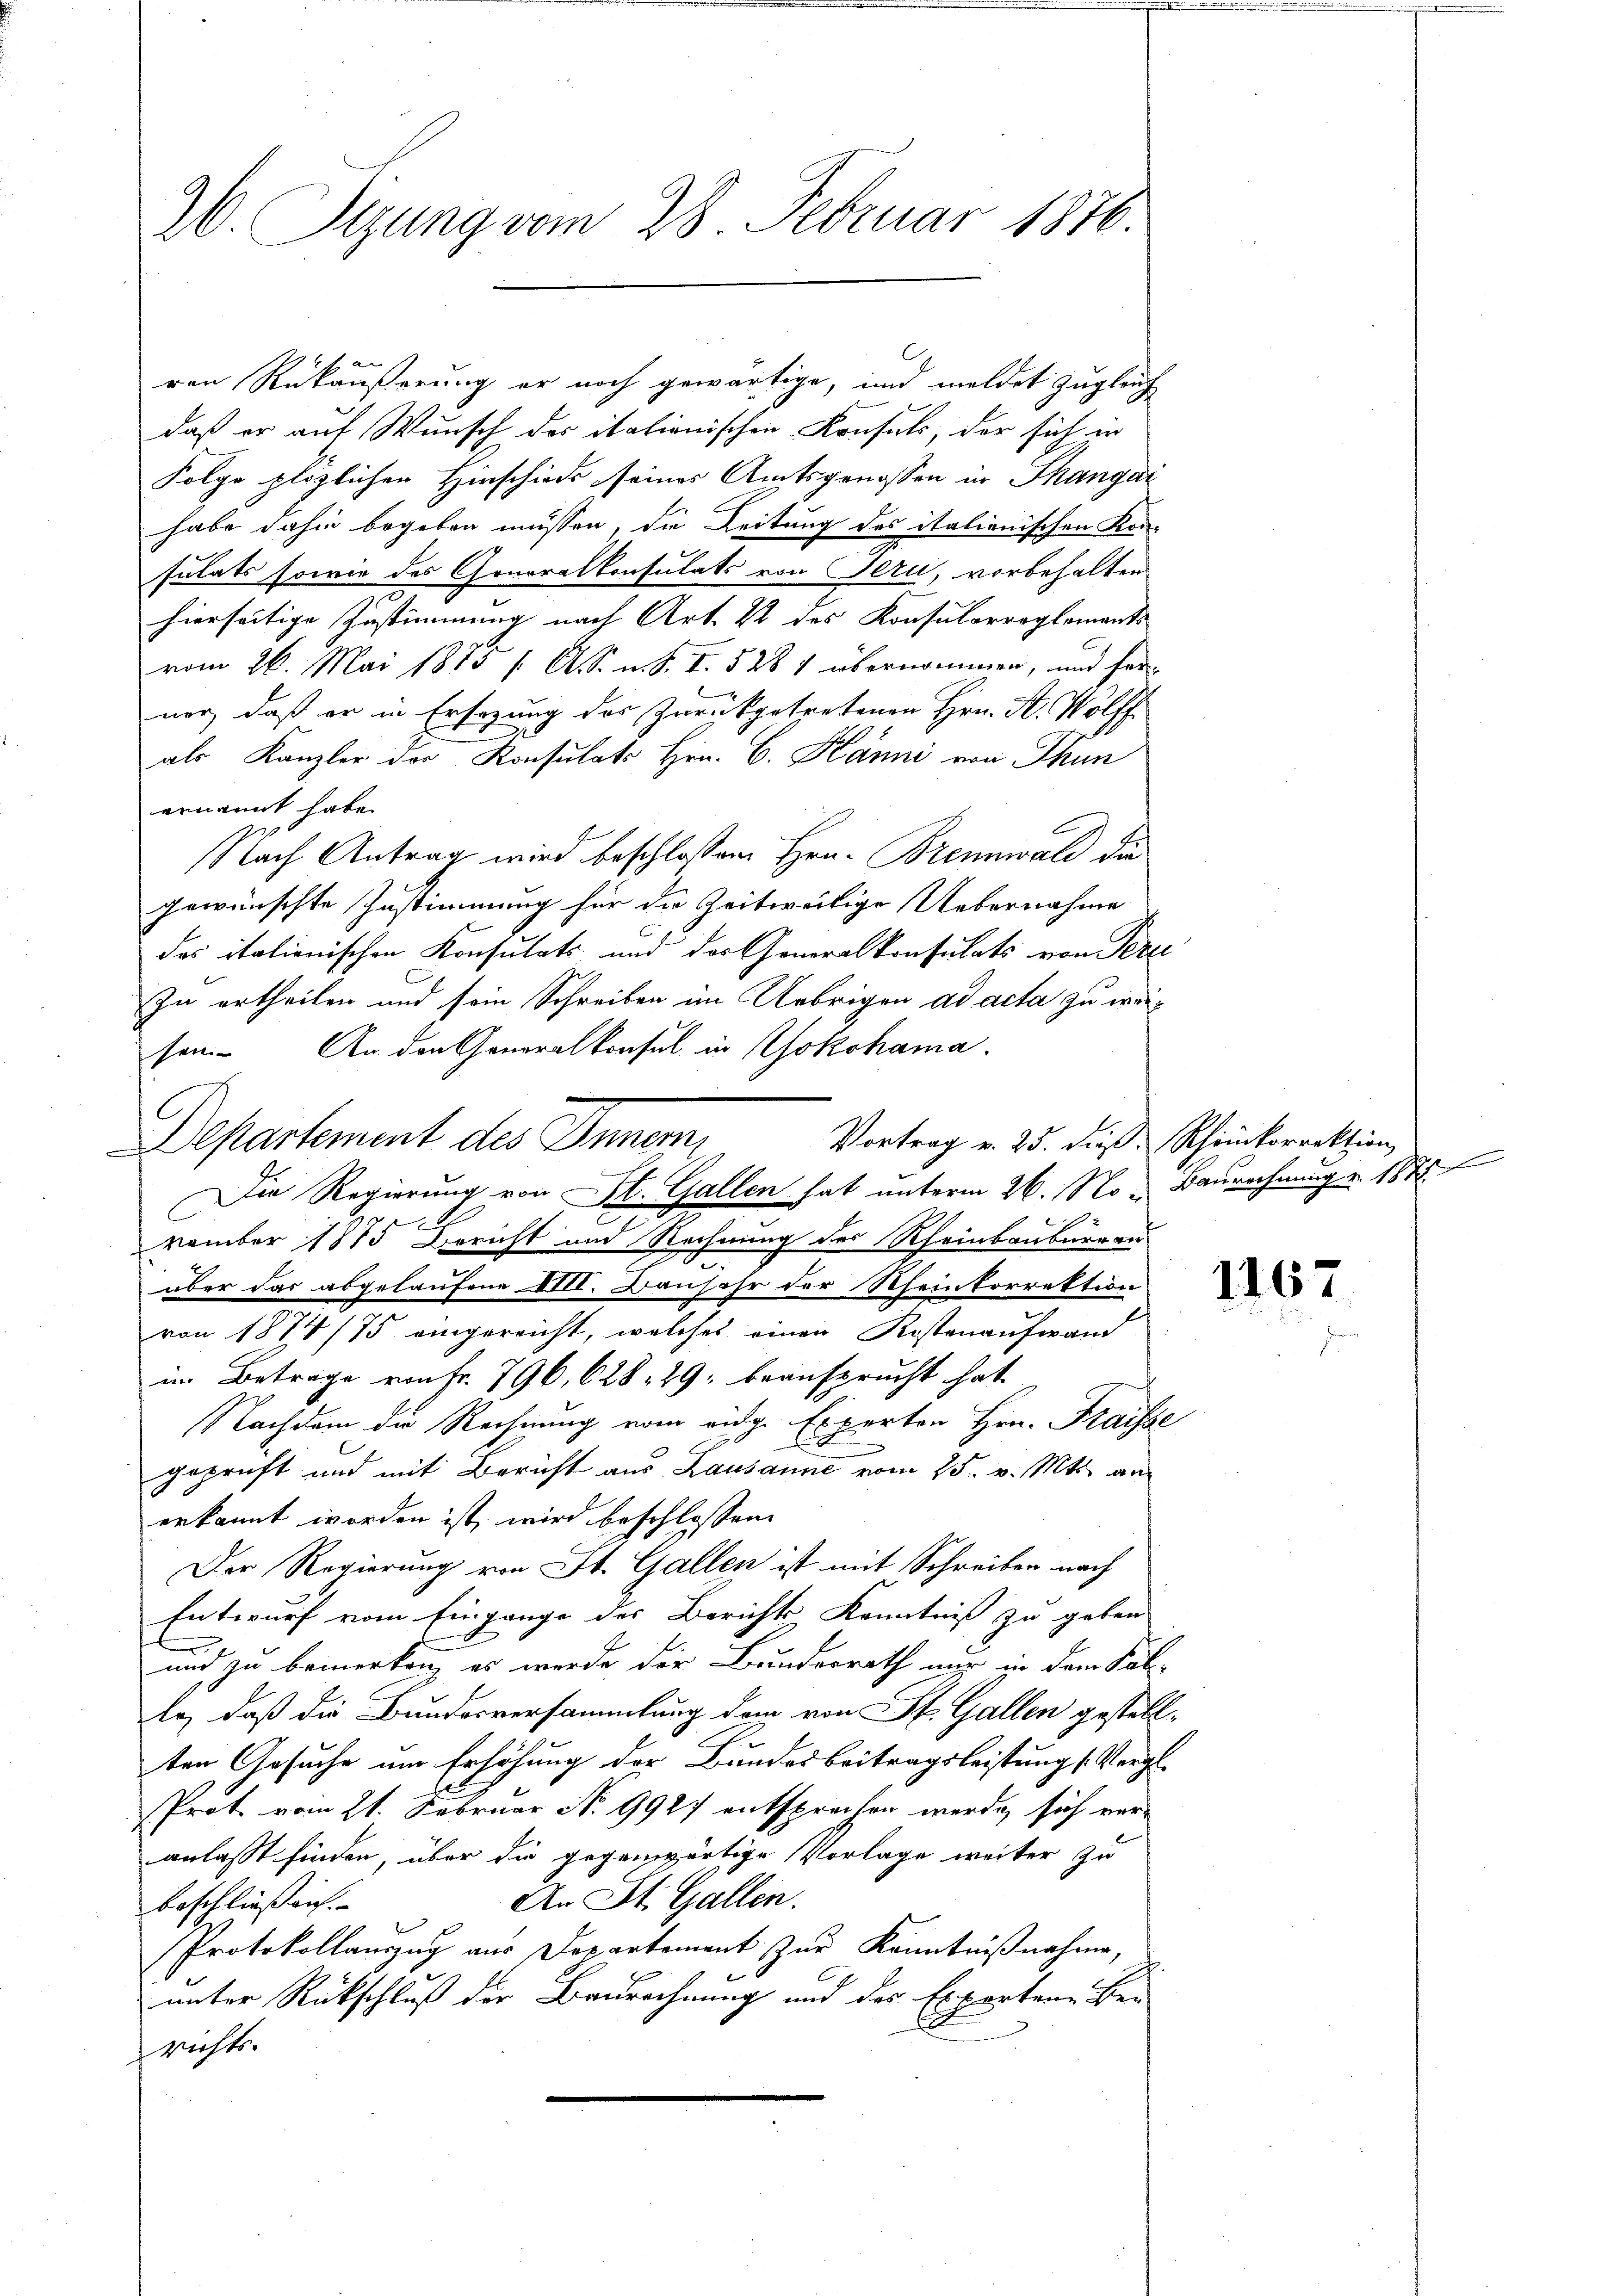
26. Sizung vom 28. Februar 1876.

ren Rükäußerung er noch gewärtige, und meldet zugleich
daß er auf Wunsch der itationischen Konsuls, der sich in
Folge plözlichen Hinschieds seines Amtsgenossen in Thangai
habe dahin begeben müssen, die Leitung des italienischen Kon-
sulats sowie des Gonoralkonsulats von Seri, vorbehalten
hierseitige Zustimmung nach Art. 22 des Konsularreglements
vom 26. Mai 1875 / A. u. S. I. 528 1 übernommen, und her-
ner, daß er in Ersezung des Zurükgetretenen Hrn. F. Wolff
als Kanzler der Konsulats Hrn. C. Känni von Thun
ernannt habe.
Nach Antrag wird beschlossen Hrn. Brennwald die
gewünschte Zustimmung für die Zeitweilige Uebernahme
das italienischen Konsulats und der Generalkonsulats von Peri
Zu ertheilen und sein Schreiben im Uebrigen ad acta zu werson. An den Generalkonsul in Yokohama.
Departement des Inner,
Vortrag v. 25. dieß Scheinkorrektion
vember 1875 Bericht und Rechnung des Rheinbauburg au
über das abgelaufene XIII. Baufahr der Rheinkorrektion
von 1874/75 eingereicht, welches einen Kostenaufwand
im Betrage von Fr. 796, 628. 29; beansprucht hat
Nachdem die Rechnung vom eidg. Experton Hrn. Fraisse
geprüft und mit Bericht aus Lausanne vom 25. v. Mts. anerkannt worden ist, wird beschlossene
Der Regierung von St. Gallen ist mit Schreiben nach
Entwurf vom Eingange des Berichts Kenntniß zu geben
und zu bemerken, es werde der Bundesrath nur in dem Sal-
Er, daß die Bundesversammlung dem von St. Gallen gestellten Gesuche um Erhöhung der Bundesbeitragsleistung (Vergl.
Prot. vom 21. Februar No 9927 entsprochen werde sich veranlasst finden, über die gegenwärtige Vorlage weiter zu
An St. Gallen.
beschließen.
Protokollauszug aus Departement zur Kenntnißnahme,
unter Rückschluß der Baurechnung und das Experten Berichts.

Die Regierung von St. Gallen hat unterm 26. No- Baurechnung v. 1875

1167